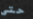
حتى